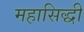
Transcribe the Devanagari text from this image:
महासिद्धी